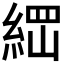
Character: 𰫪